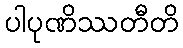
ပါပုဏိဿတီတိ